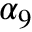
\alpha _ { 9 }